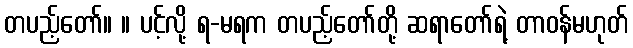
တပည့်တော်။ ။ ပင့်လို့ ရ-မရက တပည့်တော်တို့ ဆရာတော်ရဲ့ တာဝန်မဟုတ်